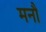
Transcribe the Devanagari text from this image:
मनौ